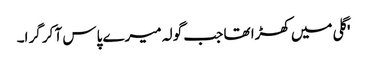
'گلی میں کھڑا تھا جب گولہ میرے پاس آ کر گرا۔